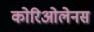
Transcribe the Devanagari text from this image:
कोरिओलेनस